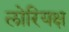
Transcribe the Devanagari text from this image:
लोरियक्ष